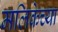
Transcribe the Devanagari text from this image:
मलिकेच्या